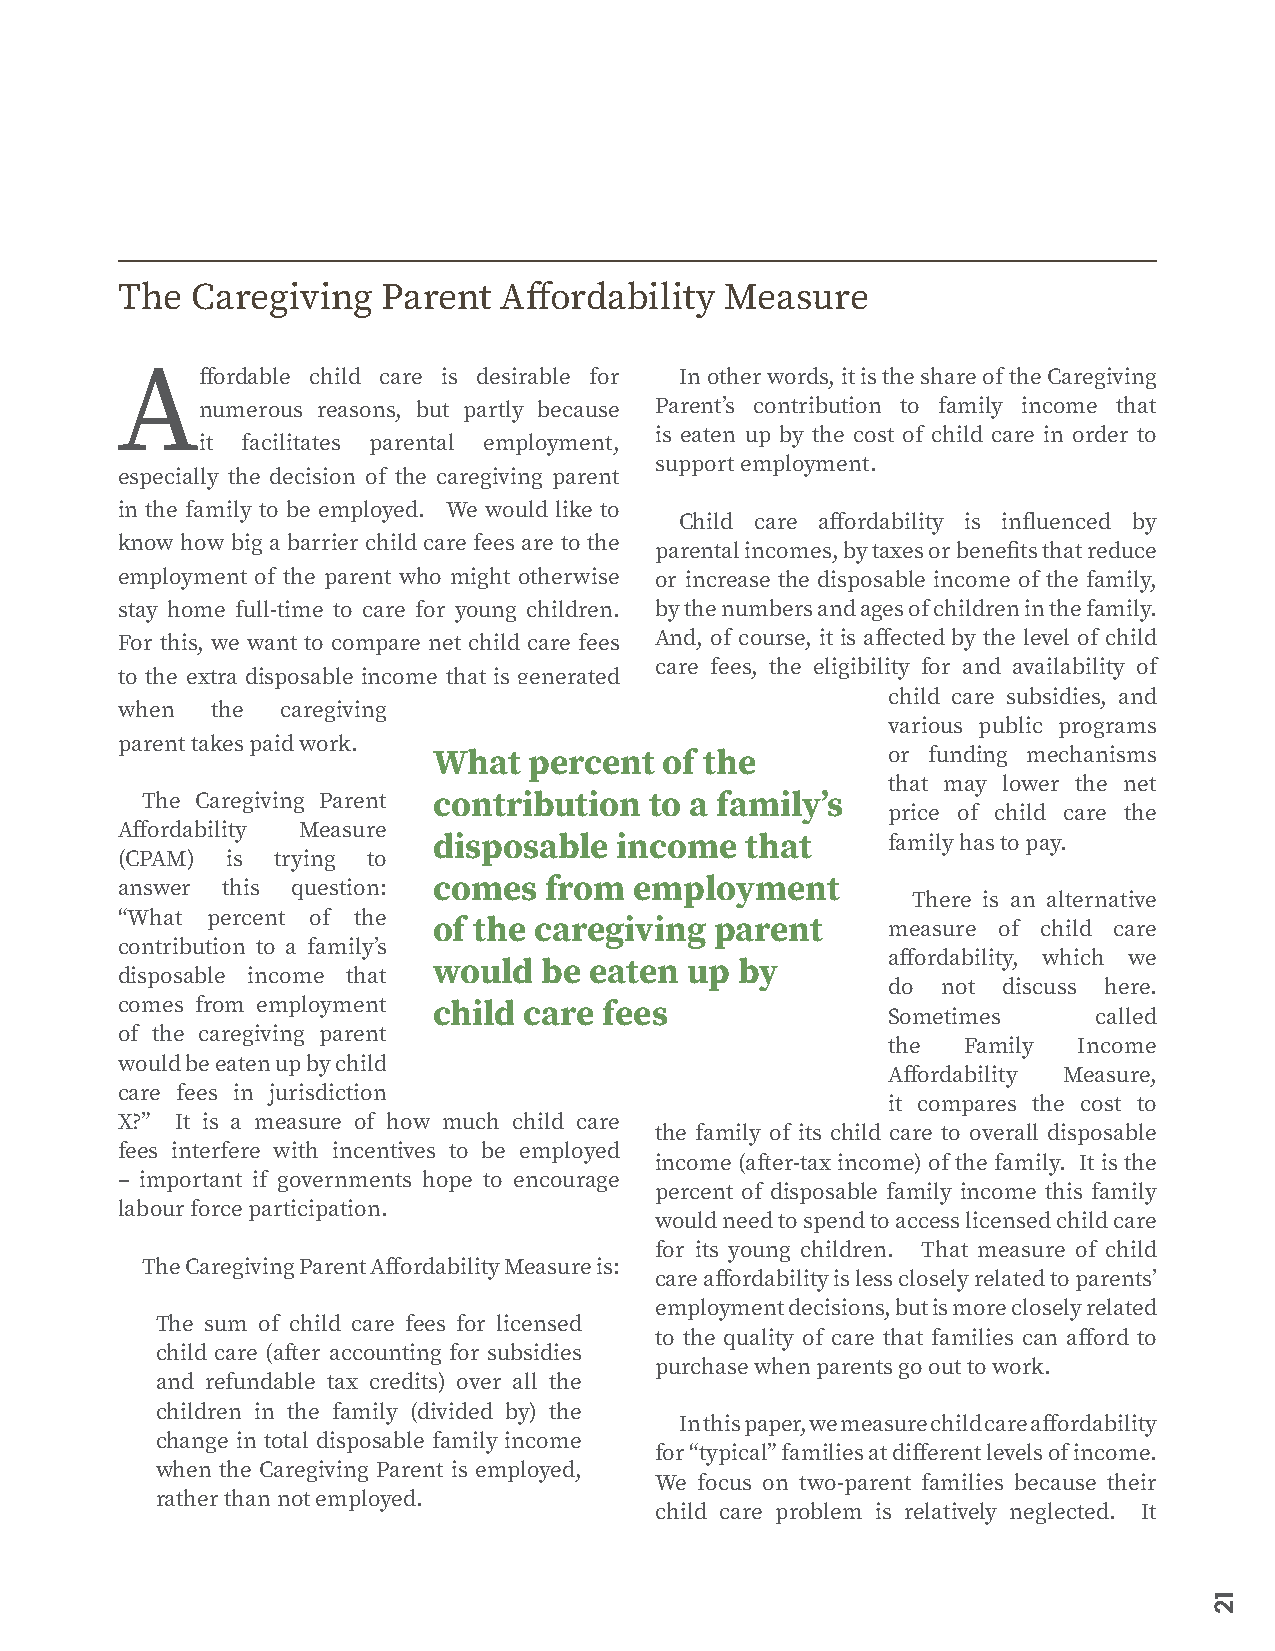
The  Caregiving  Parent  Affordability  Measure
 Affordable   child care is desirable for In other words, it is the share of the Caregiving
 numerous reasons, but partly because Parent’s contribution to family income that
 is eaten up by the cost of child care in order to
 it facilitates parental employment,
 support employment.
 especially the decision of the caregiving parent
 in the family to be employed. We would like to
 Child care affordability is influenced by
 know how big a barrier child care fees are to the
 parental incomes, by taxes or benefits that reduce
 employment of the parent who might otherwise or increase the disposable income of the family,
 stay home full-time to care for young children. by the numbers and ages of children in the family.
 For this, we want to compare net child care fees And, of course, it is affected by the level of child
 care fees, the eligibility for and availability of
 to the extra disposable income that is generated
 child care subsidies, and
 when  the  caregiving
 various public programs
 parent takes paid work.
 What  percent  of the         or funding mechanisms
 that may lower the net
 The Caregiving Parent contribution to a family’s
 price of child care the
 Affordability Measure
 disposable  income  that      family has to pay.
 (CPAM) is trying to
 answer this question: comes from  employment
 There is an alternative
 “What percent of the
 of the caregiving parent      measure of child care
 contribution to a family’s
 affordability, which we
 would  be eaten up  by
 disposable income that
 do not discuss here.
 comes from employment child care fees
 Sometimes     called
 of the caregiving parent
 the  Family Income
 would be eaten up by child
 Affordability Measure,
 care fees in jurisdiction
 it compares the cost to
 X?” It is a measure of how much child care
 the family of its child care to overall disposable
 fees interfere with incentives to be employed
 income (after-tax income) of the family. It is the
 – important if governments hope to encourage
 percent of disposable family income this family
 labour force participation.
 would need to spend to access licensed child care
 for its young children. That measure of child
 The Caregiving Parent Affordability Measure is:
 care affordability is less closely related to parents’
 employment decisions, but is more closely related
 The sum of child care fees for licensed
 to the quality of care that families can afford to
 child care (after accounting for subsidies
 purchase when parents go out to work.
 and refundable tax credits) over all the
 children in the family (divided by) the
 In this paper, we measure child care affordability
 change in total disposable family income
 for “typical” families at different levels of income.
 when the Caregiving Parent is employed,
 We focus on two-parent families because their
 rather than not employed.
 child care problem is relatively neglected. It
 12